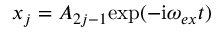
x _ { j } = A _ { 2 j - 1 } \mathrm { e x p } ( - \mathrm { i } \omega _ { e x } t )